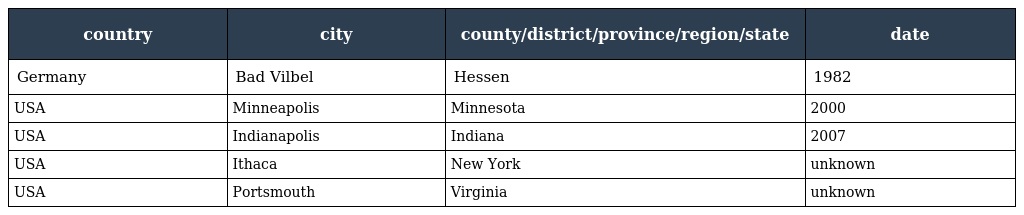
| country | city | county/district/province/region/state | date |
 | --- | --- | --- | --- |
 | Germany | Bad Vilbel | Hessen | 1982 |
 | USA | Minneapolis | Minnesota | 2000 |
 | USA | Indianapolis | Indiana | 2007 |
 | USA | Ithaca | New York | unknown |
 | USA | Portsmouth | Virginia | unknown |